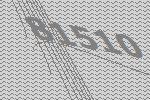
81510